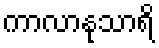
ကာလာနုသာရိ